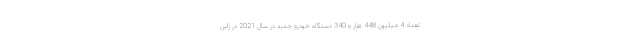
تعداد 4 میلیون 448 هزار و 340 دستگاه خودرو جدید در سال 2021 در ژاپن